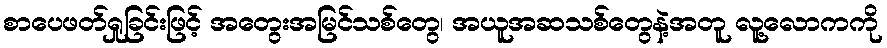
စာပေဖတ်ရှုခြင်းဖြင့် အတွေးအမြင်သစ်တွေ၊ အယူအဆသစ်တွေနဲ့အတူ လူ့လောကကို